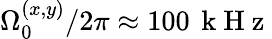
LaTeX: \Omega_{0}^{(x,y)}/2\pi\approx 100\, \mathrm{~k~H~z~}